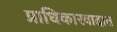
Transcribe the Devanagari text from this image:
प्राधिकारवादात